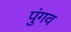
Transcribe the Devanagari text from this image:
पुंगव